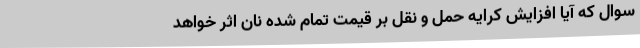
سوال که آیا افزایش کرایه حمل و نقل بر قیمت تمام شده نان اثر خواهد